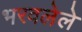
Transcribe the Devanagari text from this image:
भरवलेले